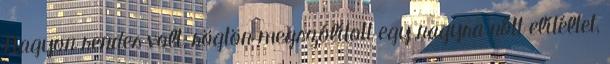
Nagyon rendes volt, rögtön megszólított egy nagyra nőtt elítéltet,